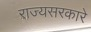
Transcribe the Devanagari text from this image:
राज्यसरकारे